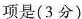
项是(3分)